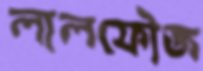
লালফৌজ